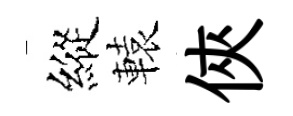
縱轅俠